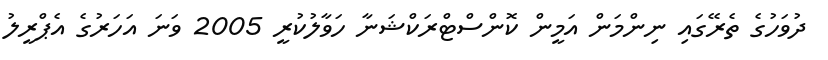
ދުވަހުގެ ތެރޭގައި ނިންމަން އަމީން ކޮންސްޓްރަކްޝަނާ ހަވާލުކުރީ 2005 ވަނަ އަހަރުގެ އެޕްރީލު